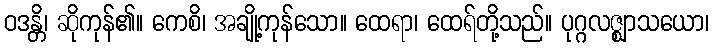
ဝဒန္တိ၊ ဆိုကုန်၏။ ကေစိ၊ အချို့ကုန်သော။ ထေရာ၊ ထေရ်တို့သည်။ ပုဂ္ဂလဇ္ဈာသယော၊